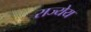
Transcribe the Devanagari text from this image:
राज्येय